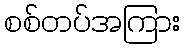
စစ်တပ်အကြား